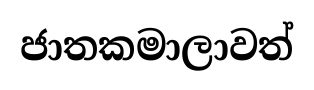
ජාතකමාලාවත්